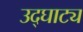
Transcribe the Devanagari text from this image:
उद्घाट्य